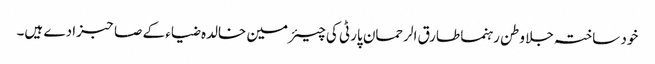
خود ساختہ جلا وطن رہنما طارق الرحمان پارٹی کی چیئرمین خالدہ ضیاء کے صاحبزادے ہیں۔